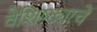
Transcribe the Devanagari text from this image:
वैशिष्ट्याचे